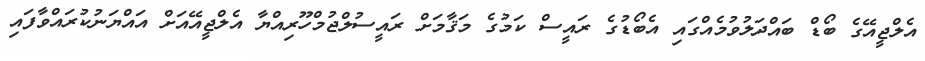
އެލްޖީއޭގެ ބޯޑް ބައްދަލުވުމެއްގައި އެބޯޑުގެ ރައީސް ކަމުގެ މަޤާމަށް ރައީސުލްޖުމްހޫރިއްޔާ އެލްޖީއޭއަށް އައްޔަނުކުރައްވާފައި